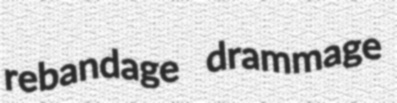
rebandage drammage